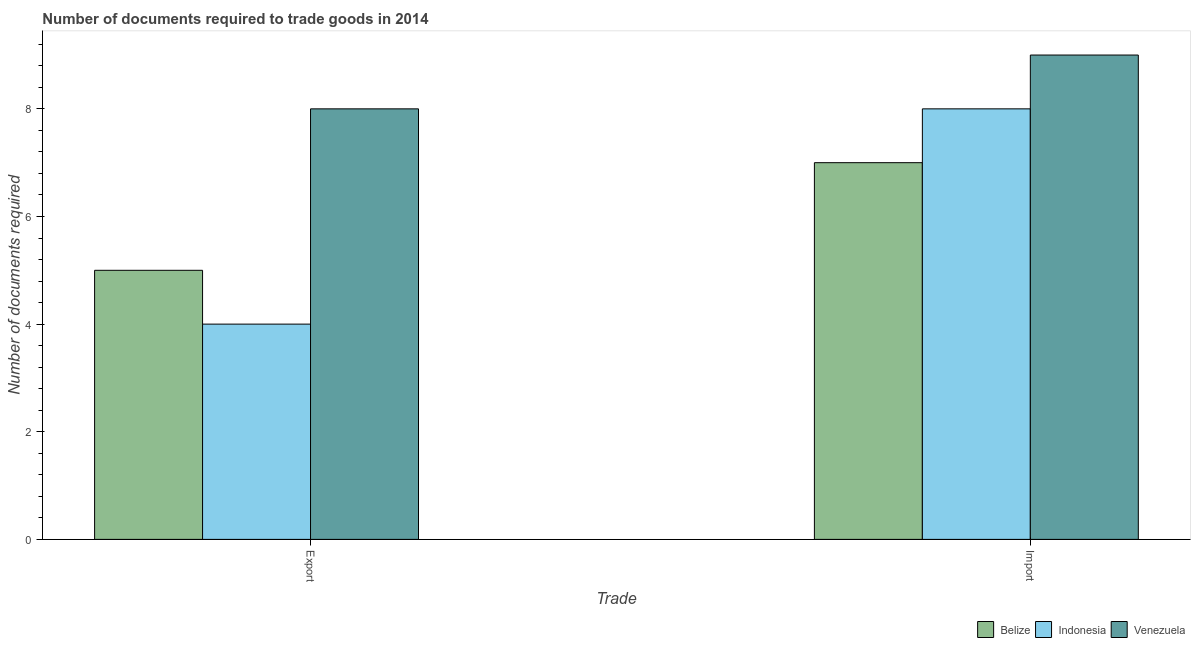
| Trade | Belize | Indonesia | Venezuela |
 | --- | --- | --- | --- |
 | Export | 5 | 4 | 8 |
 | Import | 7 | 8 | 9 |